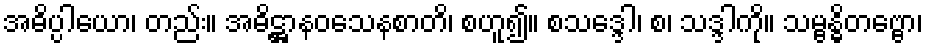
အဓိပ္ပါယော၊ တည်း။ အဓိဋ္ဌာနဝသေနစာတိ၊ စဟူ၍။ စသဒ္ဒေါ၊ စ၊ သဒ္ဒါကို။ သမ္ဗန္ဓိတဗ္ဗော၊